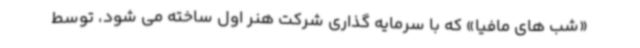
«شب های مافیا» که با سرمایه گذاری شرکت هنر اول ساخته می شود، توسط